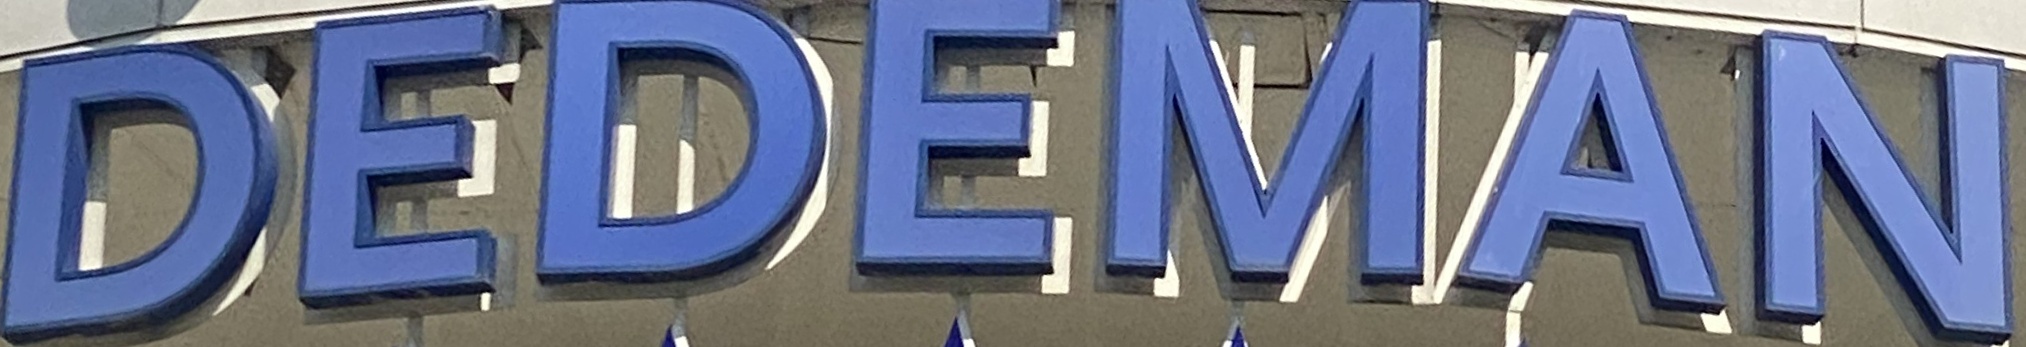
DEDEMAN